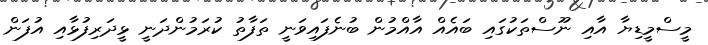
މީސްމީޑިޔާ އާއި ނޫސްތަކުގައި ބައެއް އާއްމުން ބުނެފައިވަނީ ތަފާތު ކުރަމުންދަނީ ޅީދަރިފުޅާއި އުފަން